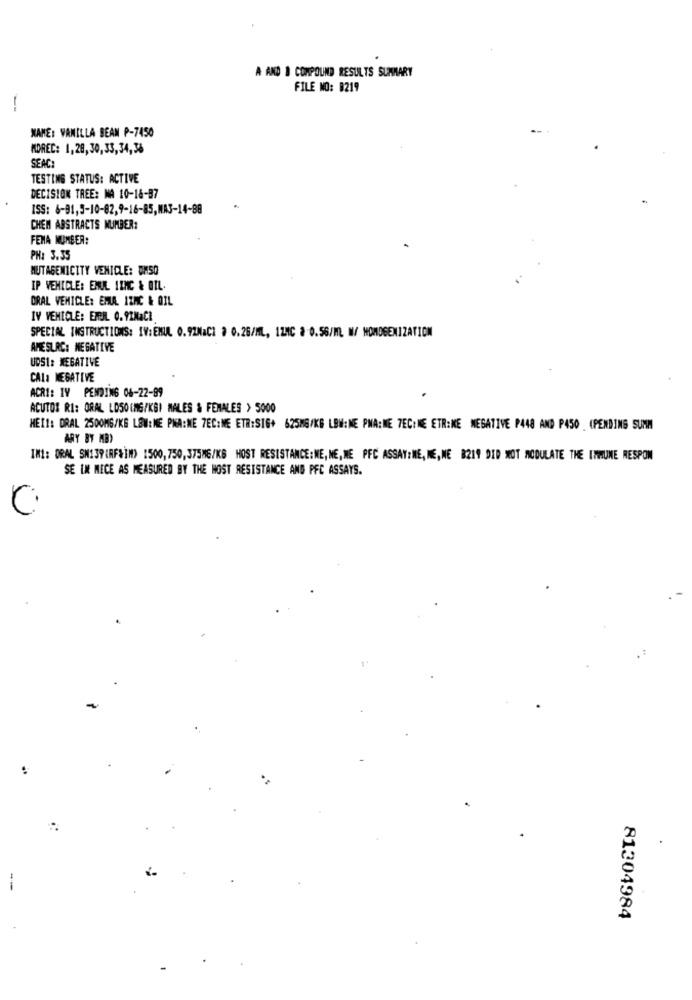
A AND B COMPOUND RESULTS SUMMARY
FILE NO: 0219
XANE: VANILLA BEAN P-7450
MOREC: 1,28,30,33,34,36
SEAC:
TESTING STATUS: ACTIVE
DECISION TREE: MA 10-16-87
ISS: 8-91,5-10-82,9-16-85,MAJ-14-88
CHEN ABSTRACTS NUMBER:
FENA NUMBER:
PH: 3.35
MUTAGENICITY VEHICLE: OH50
IP VEHICLE: EMIL IENC & OIL.
ORAL VEHICLE: EMUA IZMC & OIL
IV VEHICLE: EMIL 0.92NaCI
SPECIAL INSTRUCTIONS: IV: EMUL 0.92NaCl à 0.26/ML, 1ZMC 3:0.56/ML M/ HOMOGENIZATION
AME SURC: NEGATIVE
UDS1: NEGATIVE
CALa NEGATIVE
ACRI: IV PENDING 06-22-89
ACUTOS RI: ORAL LOSO(MG/KGI MALES & FEMALES > 5000
HEIT: DRAL 2500MG/KG LOW: ME PHA:ME 7EC:ME ETR:SIG+ 625MG/KG LBW: NE PMA:WE 7ECINE ETR:NE NEGATIVE P448 AND P4SO (PENDING SUMM
ARY BY MB)
IM !: DRAL SN139(RF&IM) [500, 750, 375MG/KG HOST RESISTANCE:NE, NE, NE PFC ASSAY:ME, ME, NE 8219 DID NOT MODULATE THE IMMUNE RESPON
SE IM MECE AS MEASURED BY THE MOST RESISTANCE AND PFC ASSAYS.
81304984